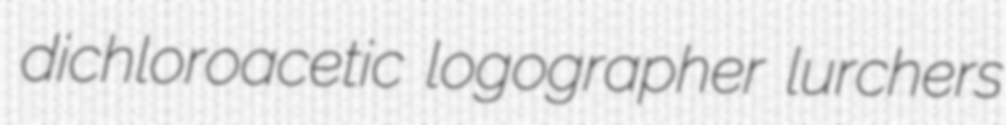
dichloroacetic logographer lurchers